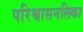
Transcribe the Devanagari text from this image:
परिश्वासनलिका